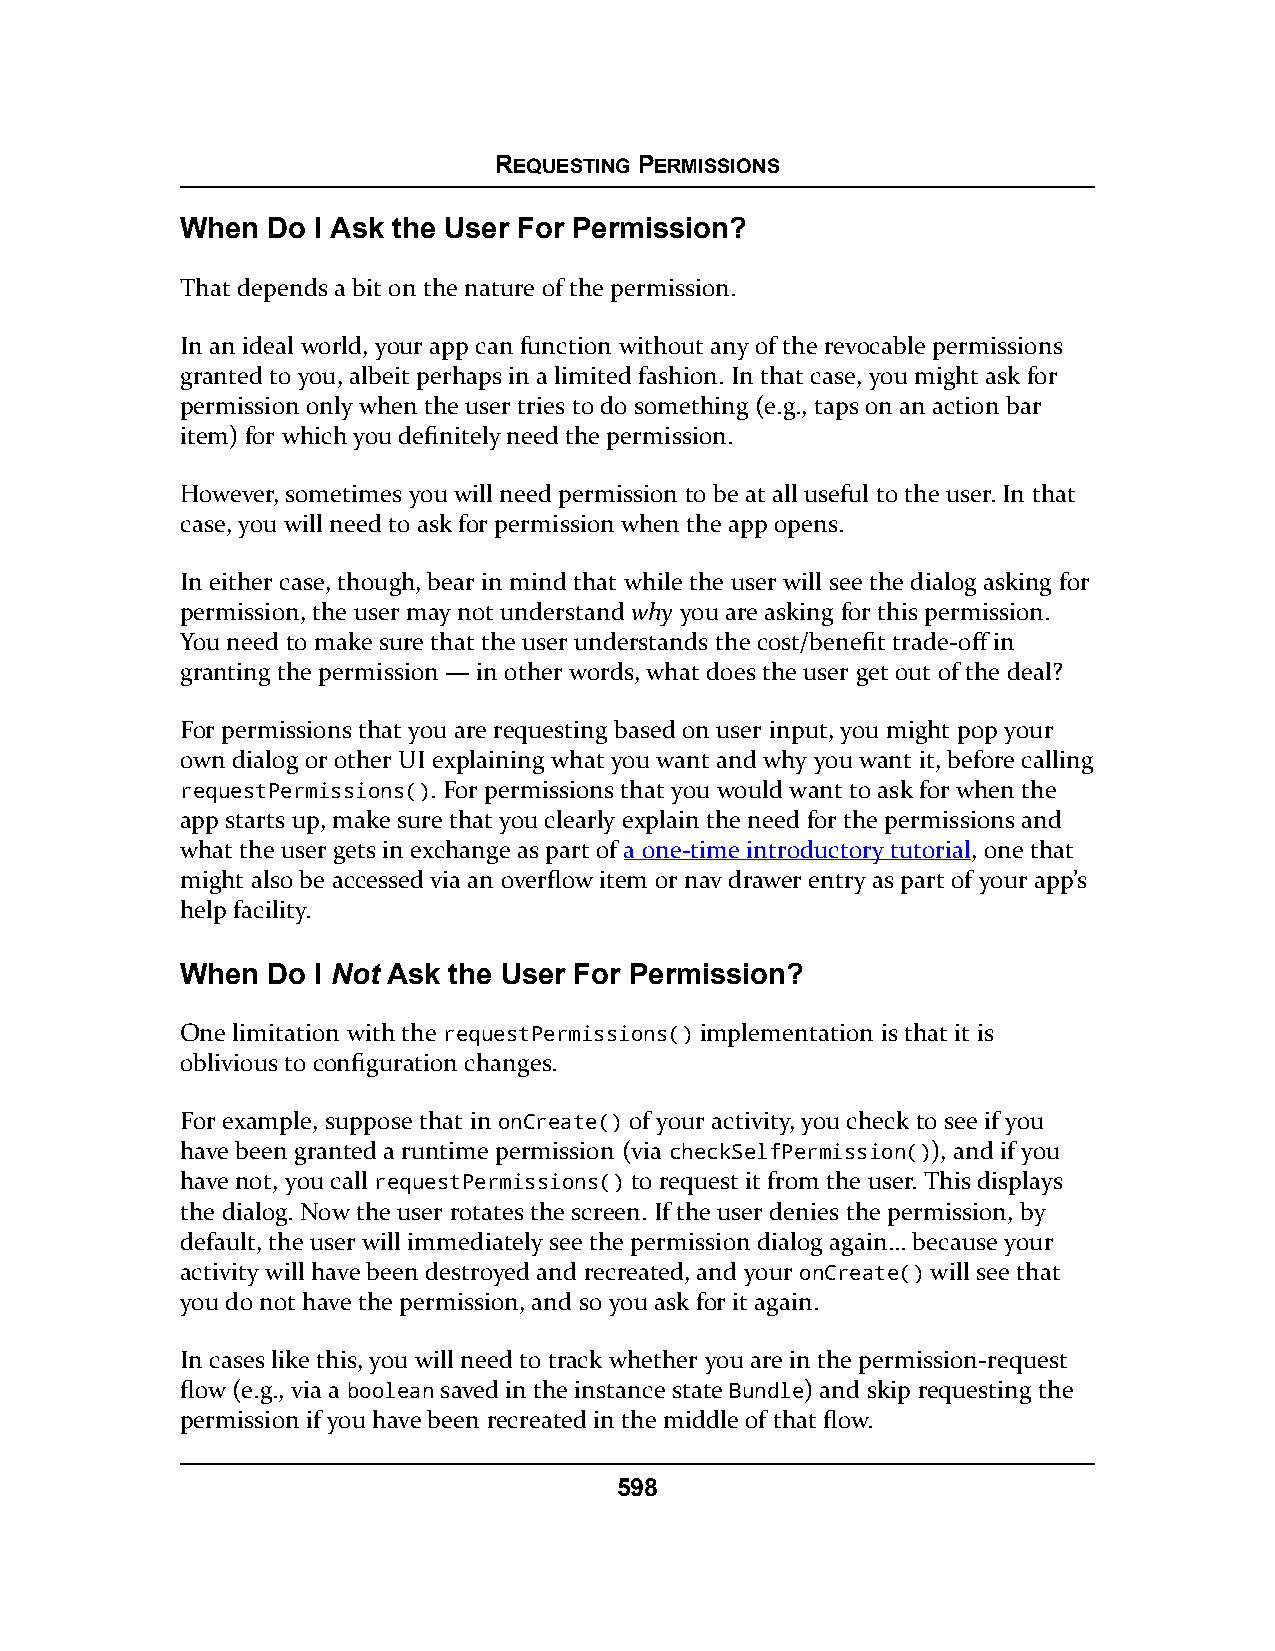
REQUESTING PERMISSIONS
 When  Do I Ask the User For Permission?
 That depends a bit on the nature of the permission.
 In an ideal world, your app can function without any of the revocable permissions
 granted to you, albeit perhaps in a limited fashion. In that case, you might ask for
 permission only when the user tries to do something (e.g., taps on an action bar
 item) for which you definitely need the permission.
 However, sometimes you will need permission to be at all useful to the user. In that
 case, you will need to ask for permission when the app opens.
 In either case, though, bear in mind that while the user will see the dialog asking for
 permission, the user may not understand why you are asking for this permission.
 You need to make sure that the user understands the cost/benefit trade-off in
 granting the permission — in other words, what does the user get out of the deal?
 For permissions that you are requesting based on user input, you might pop your
 own dialog or other UI explaining what you want and why you want it, before calling
 requestPermissions(). For permissions that you would want to ask for when the
 app starts up, make sure that you clearly explain the need for the permissions and
 what the user gets in exchange as part of a one-time introductory tutorial, one that
 might also be accessed via an overflow item or nav drawer entry as part of your app’s
 help facility.
 When  Do I Not Ask the User For Permission?
 One limitation with the requestPermissions() implementation is that it is
 oblivious to configuration changes.
 For example, suppose that in onCreate() of your activity, you check to see if you
 have been granted a runtime permission (via checkSelfPermission()), and if you
 have not, you call requestPermissions() to request it from the user. This displays
 the dialog. Now the user rotates the screen. If the user denies the permission, by
 default, the user will immediately see the permission dialog again… because your
 activity will have been destroyed and recreated, and your onCreate() will see that
 you do not have the permission, and so you ask for it again.
 In cases like this, you will need to track whether you are in the permission-request
 flow (e.g., via a boolean saved in the instance state Bundle) and skip requesting the
 permission if you have been recreated in the middle of that flow.
 598